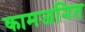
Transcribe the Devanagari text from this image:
कामजनित